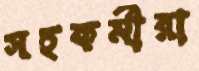
সহকর্মীরা